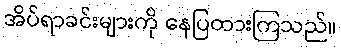
အိပ်ရာခင်းများကို နေပြထားကြသည်။